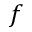
f